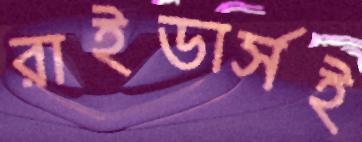
রাইডার্সই